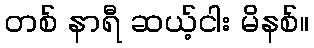
တစ် နာရီ ဆယ့်ငါး မိနစ်။